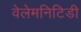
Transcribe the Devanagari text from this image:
वेलेमनिटिडी